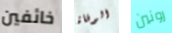
خائفين الوفاة رونين